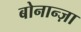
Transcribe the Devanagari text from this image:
बोनान्ज़ा